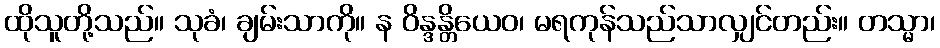
ထိုသူတို့သည်။ သုခံ၊ ချမ်းသာကို။ န ဝိန္ဒန္တိယေဝ၊ မရကုန်သည်သာလျှင်တည်း။ တသ္မာ၊